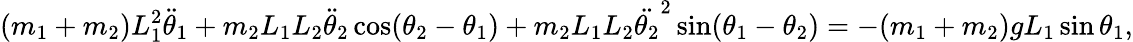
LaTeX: (m_{1}+m_{2})L_{1}^{2}{\ddot{\theta}}_{1}+m_{2}L_{1}L_{2}{\ddot{\theta}}_{2}\cos(\theta_{2}-\theta_{1})+m_{2}L_{1}L_{2}{\ddot{\theta_{2}}}^{2}\sin(\theta_{1}-\theta_{2})=-(m_{1}+m_{2})gL_{1}\sin\theta_{1},